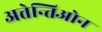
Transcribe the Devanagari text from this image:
अत्तेन्तिओन